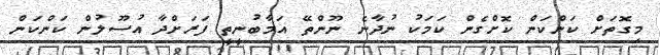
މިގޮތަށް ކަންކަން ކޮށްގެން ކަމަކު ނުދާނެ ނޫންތޭ އަމާބުނީތީ ފަރަށްދާ އުސޫލުން ކަންކަން